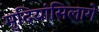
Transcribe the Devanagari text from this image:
मुदियांसिलागे